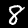
Digit: 8